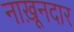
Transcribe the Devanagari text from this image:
नाख़ूनदार